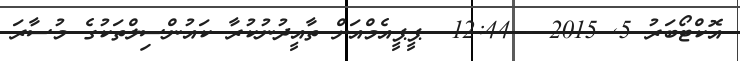
އޮކްޓޯބަރު 5